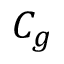
C _ { g }